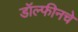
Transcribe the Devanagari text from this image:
डॉल्फीनचे